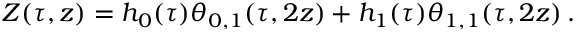
Z ( \tau , z ) = h _ { 0 } ( \tau ) \theta _ { 0 , 1 } ( \tau , 2 z ) + h _ { 1 } ( \tau ) \theta _ { 1 , 1 } ( \tau , 2 z ) \, .